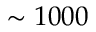
\sim 1 0 0 0